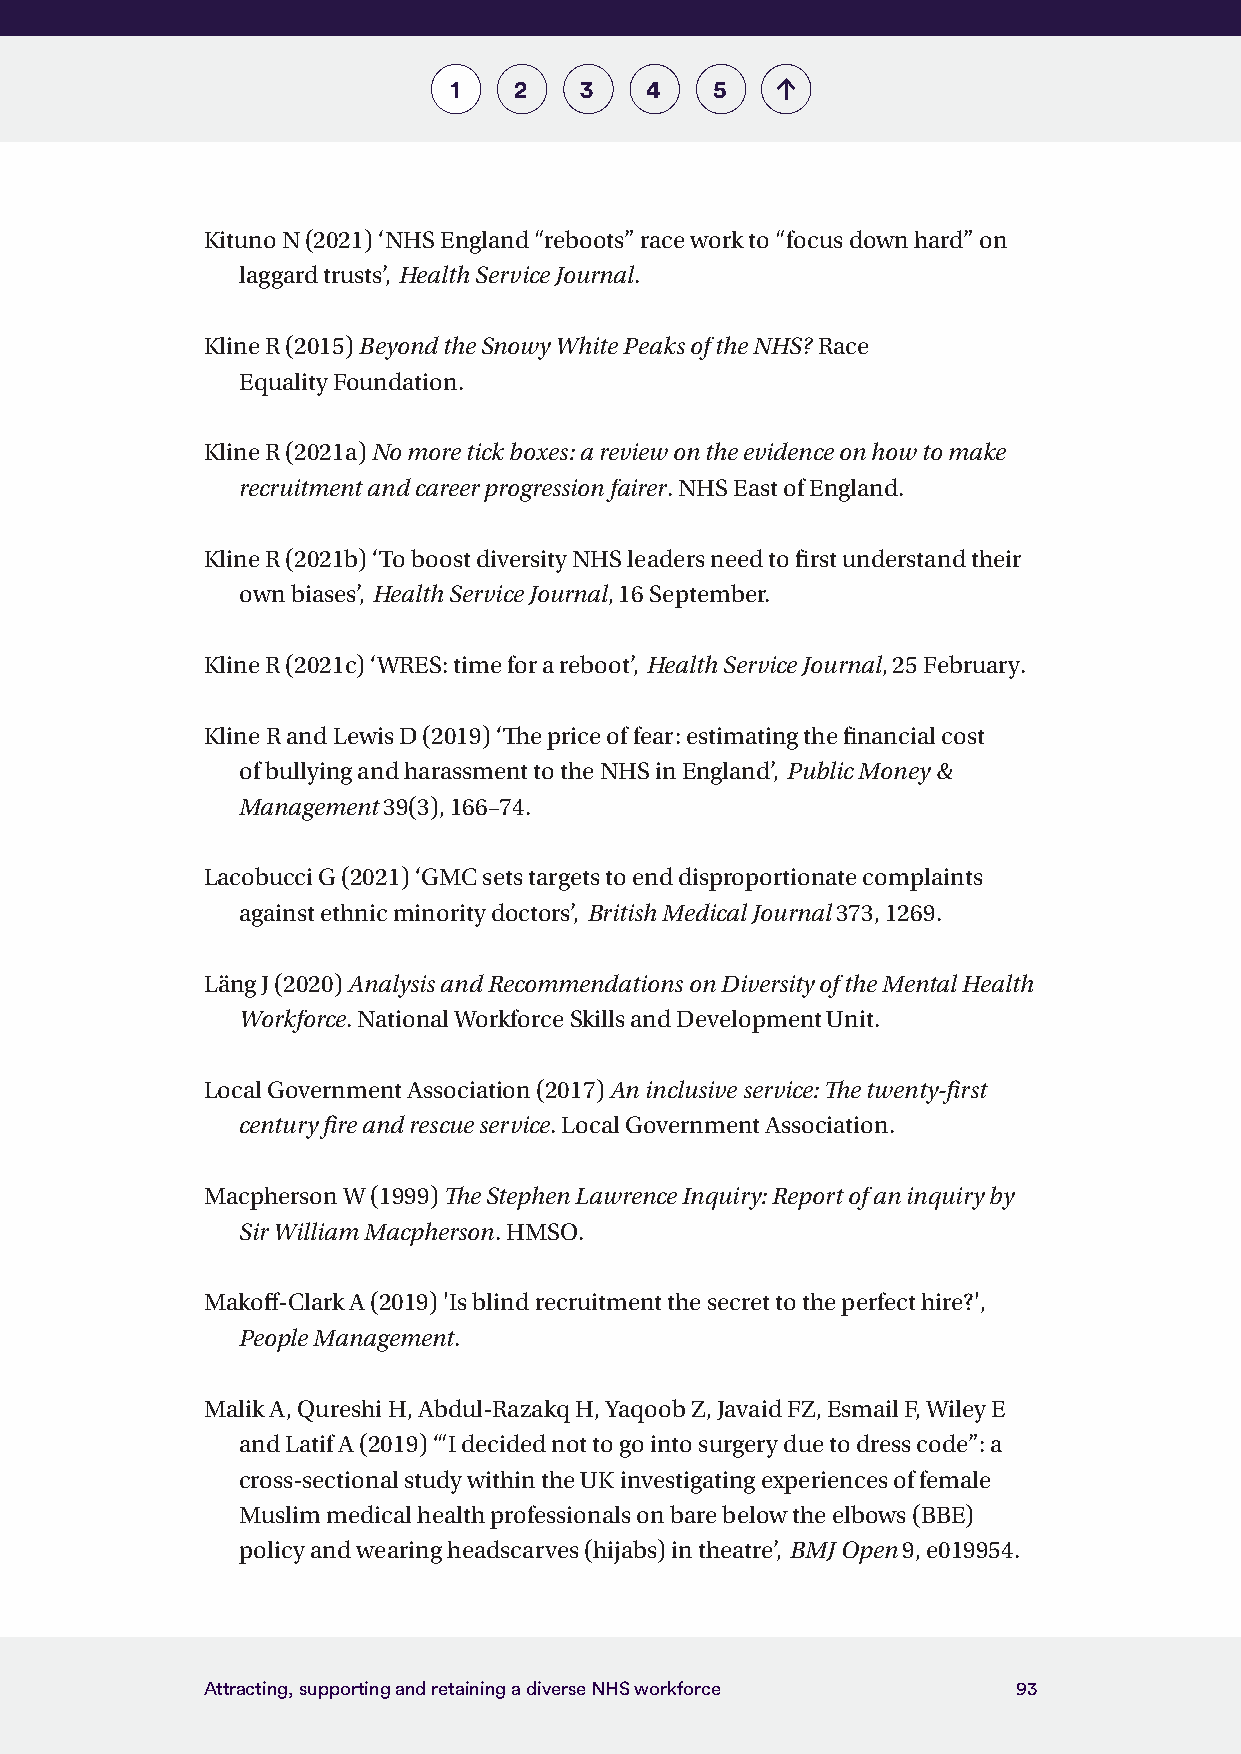
1   2   3    4   5
 Kituno N (2021) ‘NHS England “reboots” race work to “focus down hard” on
 laggard trusts’, Health Service Journal.
 Kline R (2015) Beyond the Snowy White Peaks of the NHS? Race
 Equality Foundation.
 Kline R (2021a) No more tick boxes: a review on the evidence on how to make
 recruitment and career progression fairer. NHS East of England.
 Kline R (2021b) ‘To boost diversity NHS leaders need to first understand their
 own biases’, Health Service Journal, 16 September.
 Kline R (2021c) ‘WRES: time for a reboot’, Health Service Journal, 25 February.
 Kline R and Lewis D (2019) ‘The price of fear: estimating the financial cost
 of bullying and harassment to the NHS in England’, Public Money &
 Management 39(3), 166–74.
 Lacobucci G (2021) ‘GMC sets targets to end disproportionate complaints
 against ethnic minority doctors’, British Medical Journal 373, 1269.
 Läng J (2020) Analysis and Recommendations on Diversity of the Mental Health
 Workforce. National Workforce Skills and Development Unit.
 Local Government Association (2017) An inclusive service: The twenty-first
 century fire and rescue service. Local Government Association.
 Macpherson W (1999) The Stephen Lawrence Inquiry: Report of an inquiry by
 Sir William Macpherson. HMSO.
 Makoff-Clark A (2019) 'Is blind recruitment the secret to the perfect hire?',
 People Management.
 Malik A, Qureshi H, Abdul-Razakq H, Yaqoob Z, Javaid FZ, Esmail F, Wiley E
 and Latif A (2019) ‘“I decided not to go into surgery due to dress code”: a
 cross-sectional study within the UK investigating experiences of female
 Muslim medical health professionals on bare below the elbows (BBE)
 policy and wearing headscarves (hijabs) in theatre’, BMJ Open 9, e019954.
 Attracting, supporting and retaining a diverse NHS workforce 93